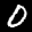
Label: 0